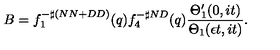
B = f _ { 1 } ^ { - \sharp ( N N + D D ) } ( q ) f _ { 4 } ^ { - \sharp N D } ( q ) \frac { \Theta _ { 1 } ^ { \prime } ( 0 , i t ) } { \Theta _ { 1 } ( \epsilon t , i t ) } .